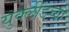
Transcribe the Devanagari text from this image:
युक्लीडच्या